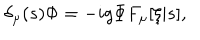
\delta _ { \mu } ( s ) \Phi = - i g \Phi F _ { \mu } [ \xi | s ] ,